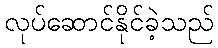
လုပ်ဆောင်နိုင်ခဲ့သည်